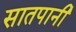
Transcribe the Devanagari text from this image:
सातपानी